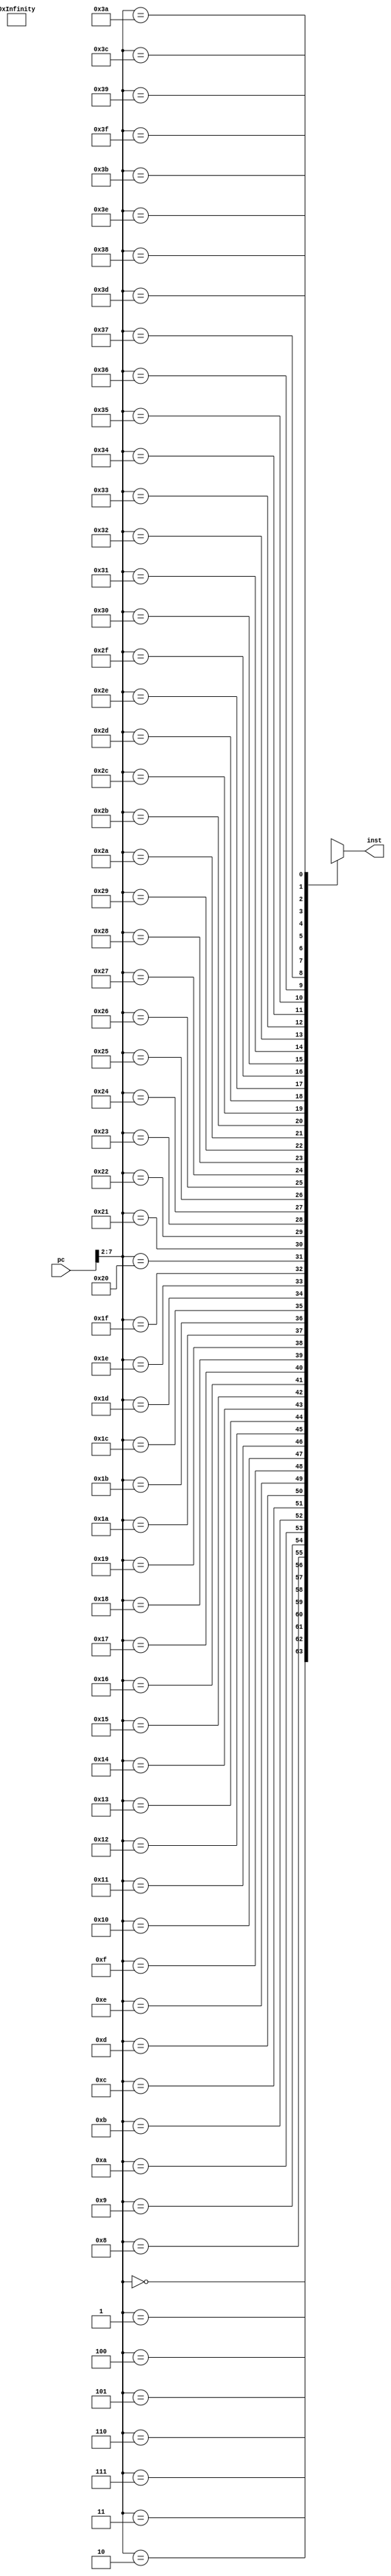
module InstructionMemory(
    input [31:0] pc,
    output [31:0] inst
);
    wire [31:0] instMem [0:63];

    assign instMem[0] = 32'b1110_00_1_1101_0_0000_0000_000000010100; 
    assign instMem[1] = 32'b1110_00_1_1101_0_0000_0001_101000000001; 
    assign instMem[2] = 32'b1110_00_1_1101_0_0000_0010_000100000011; 
    assign instMem[3] = 32'b1110_00_0_0100_1_0010_0011_000000000010; 
    assign instMem[4] = 32'b1110_00_0_0101_0_0000_0100_000000000000; 
    assign instMem[5] = 32'b1110_00_0_0010_0_0100_0101_000100000100;
    assign instMem[6] = 32'b1110_00_0_0110_0_0000_0110_000010100000;
    assign instMem[7] = 32'b1110_00_0_1100_0_0101_0111_000101000010;
    assign instMem[8] = 32'b1110_00_0_0000_0_0111_1000_000000000011;
    assign instMem[9] = 32'b1110_00_0_1111_0_0000_1001_000000000110; 
    assign instMem[10] = 32'b1110_00_0_0001_0_0100_1010_000000000101;
    assign instMem[11] = 32'b1110_00_0_1010_1_1000_0000_000000000110;
    assign instMem[12] = 32'b0001_00_0_0100_0_0001_0001_000000000001;
    assign instMem[13] = 32'b1110_00_0_1000_1_1001_0000_000000001000;
    assign instMem[14] = 32'b0000_00_0_0100_0_0010_0010_000000000010; 
    assign instMem[15] = 32'b1110_00_1_1101_0_0000_0000_101100000001;
    assign instMem[16] = 32'b1110_01_0_0100_0_0000_0001_000000000000;
    assign instMem[17] = 32'b1110_01_0_0100_1_0000_1011_000000000000;
    assign instMem[18] = 32'b1110_01_0_0100_0_0000_0010_000000000100;
    assign instMem[19] = 32'b1110_01_0_0100_0_0000_0011_000000001000;
    assign instMem[20] = 32'b1110_01_0_0100_0_0000_0100_000000001101;
    assign instMem[21] = 32'b1110_01_0_0100_0_0000_0101_000000010000;
    assign instMem[22] = 32'b1110_01_0_0100_0_0000_0110_000000010100;
    assign instMem[23] = 32'b1110_01_0_0100_1_0000_1010_000000000100;
    assign instMem[24] = 32'b1110_01_0_0100_0_0000_0111_000000011000;
    assign instMem[25] = 32'b1110_00_1_1101_0_0000_0001_000000000100;
    assign instMem[26] = 32'b1110_00_1_1101_0_0000_0010_000000000000;

    assign instMem[27] = 32'b1110_00_1_1101_0_0000_0011_000000000000;
    assign instMem[28] = 32'b1110_00_0_0100_0_0000_0100_000100000011;
    assign instMem[29] = 32'b1110_01_0_0100_1_0100_0101_000000000000;
    assign instMem[30] = 32'b1110_01_0_0100_1_0100_0110_000000000100;
    assign instMem[31] = 32'b1110_00_0_1010_1_0101_0000_000000000110;
    assign instMem[32] = 32'b1100_01_0_0100_0_0100_0110_000000000000;
    assign instMem[33] = 32'b1100_01_0_0100_0_0100_0101_000000000100;
    assign instMem[34] = 32'b1110_00_1_0100_0_0011_0011_000000000001;
    assign instMem[35] = 32'b1110_00_1_1010_1_0011_0000_000000000011;
    assign instMem[36] = 32'b1011_10_1_0_111111111111111111110111;
    assign instMem[37] = 32'b1110_00_1_0100_0_0010_0010_000000000001;
    assign instMem[38] = 32'b1110_00_0_1010_1_0010_0000_000000000001;
    assign instMem[39] = 32'b1011_10_1_0_111111111111111111110011;
    assign instMem[40] = 32'b1110_01_0_0100_1_0000_0001_000000000000;
    assign instMem[41] = 32'b1110_01_0_0100_1_0000_0010_000000000100;
    assign instMem[42] = 32'b1110_01_0_0100_1_0000_0011_000000001000;
    assign instMem[43] = 32'b1110_01_0_0100_1_0000_0100_000000001100;
    assign instMem[44] = 32'b1110_01_0_0100_1_0000_0101_000000010000;
    assign instMem[45] = 32'b1110_01_0_0100_1_0000_0110_000000010100;

    assign inst = instMem[pc >> 2];
endmodule